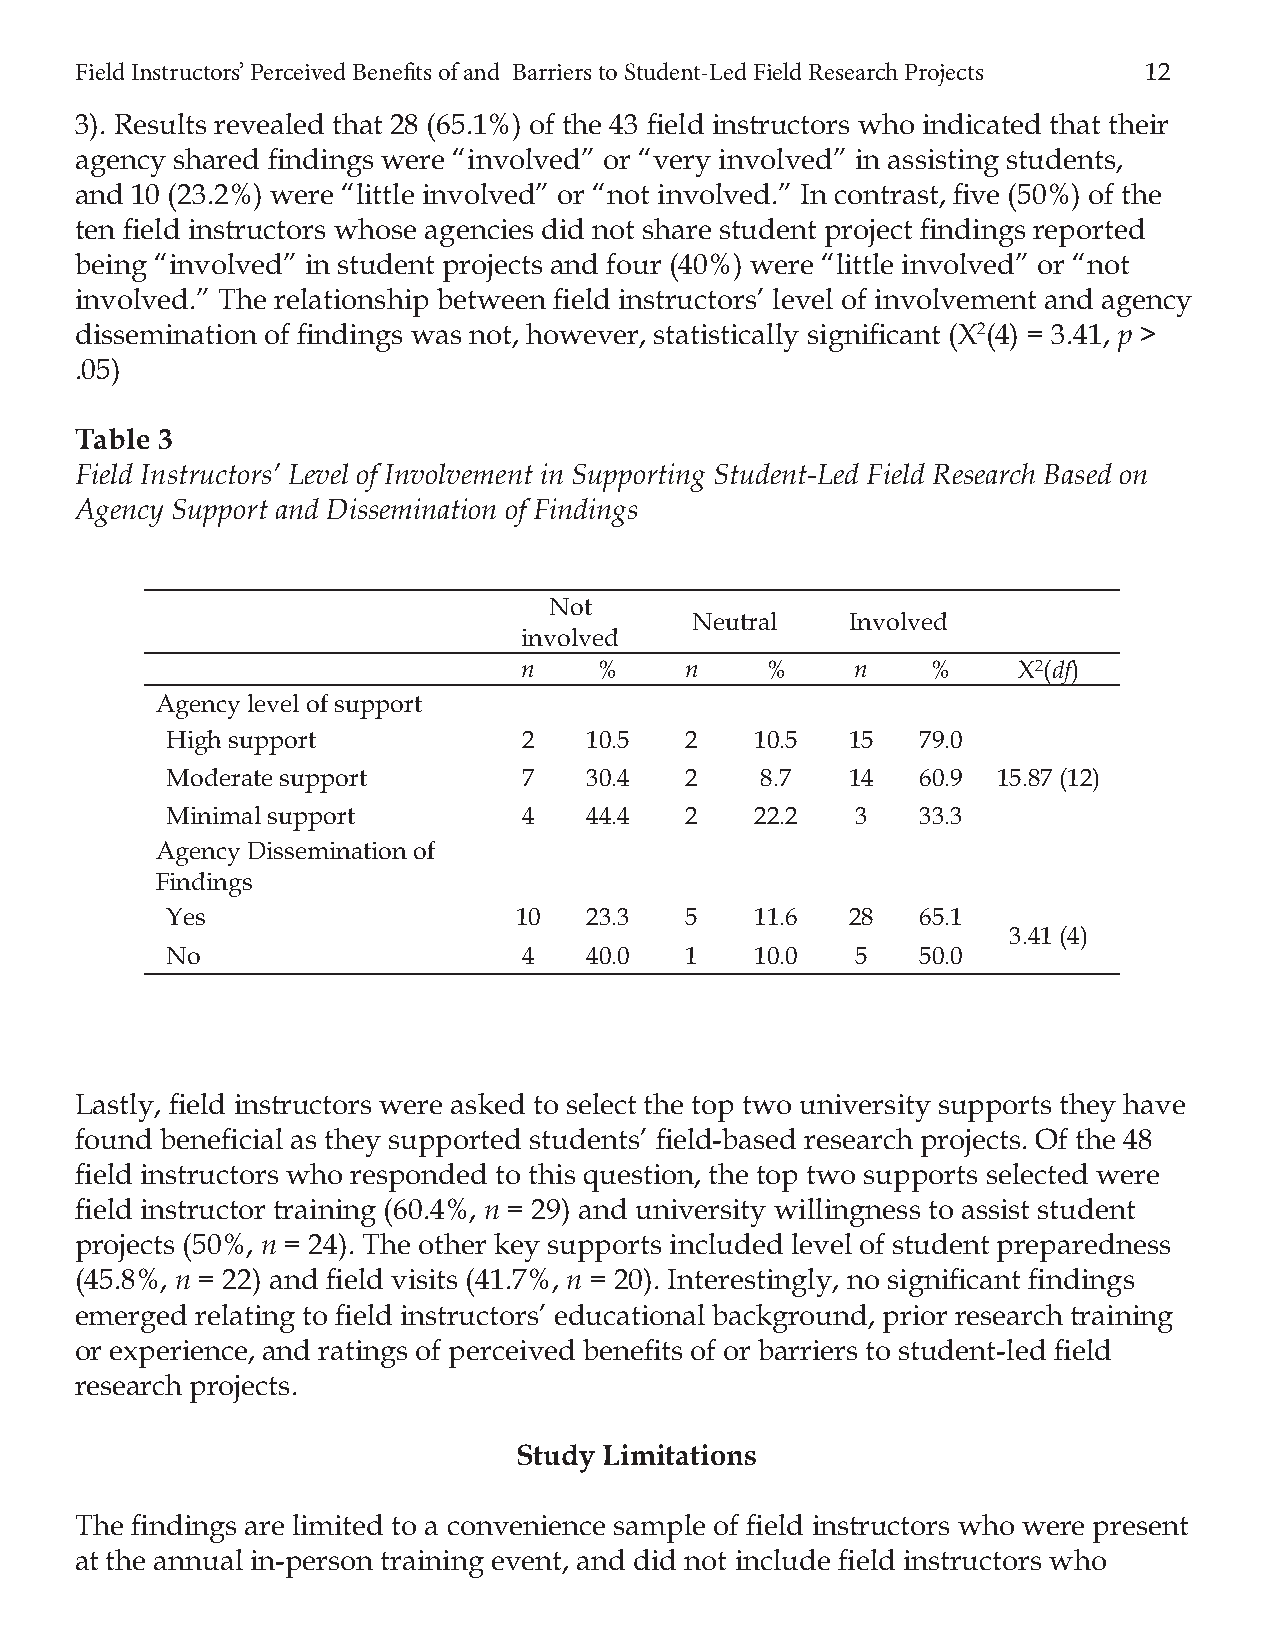
Field Instructors’ Perceived Benefi ts of and Barriers to Student-Led Field Research Projects 12
 3). Results revealed that 28 (65.1%) of the 43 fi eld instructors who indicated that their
 agency shared fi ndings were “involved” or “very involved” in assisting students,
 and 10 (23.2%) were “little involved” or “not involved.” In contrast, fi ve (50%) of the
 ten fi eld instructors whose agencies did not share student project fi ndings reported
 being “involved” in student projects and four (40%) were “little involved” or “not
 involved.” The relationship between fi eld instructors’ level of involvement and agency
 dissemination of fi ndings was not, however, statistically signifi cant (Χ2(4) = 3.41, p >
 .05)
 Table 3
 Field Instructors’ Level of Involvement in Supporting Student-Led Field Research Based on
 Agency Support and Dissemination of Findings
 Not
 Neutral   Involved
 involved
 n    %    n     %     n    %    Χ2(df)
 Agency level of support
 High support            2   10.5  2    10.5  15   79.0
 Moderate support        7   30.4  2    8.7   14   60.9 15.87 (12)
 Minimal support         4   44.4  2    22.2   3   33.3
 Agency Dissemination of
 Findings
 Yes                    10   23.3  5    11.6  28   65.1
 3.41 (4)
 No                      4   40.0  1    10.0   5   50.0
 Lastly, fi eld instructors were asked to select the top two university supports they have
 found benefi cial as they supported students’ fi eld-based research projects. Of the 48
 fi eld instructors who responded to this question, the top two supports selected were
 fi eld instructor training (60.4%, n = 29) and university willingness to assist student
 projects (50%, n = 24). The other key supports included level of student preparedness
 (45.8%, n = 22) and fi eld visits (41.7%, n = 20). Interestingly, no signifi cant fi ndings
 emerged relating to fi eld instructors’ educational background, prior research training
 or experience, and ratings of perceived benefi ts of or barriers to student-led fi eld
 research projects.
 Study Limitations
 The fi ndings are limited to a convenience sample of fi eld instructors who were present
 at the annual in-person training event, and did not include fi eld instructors who